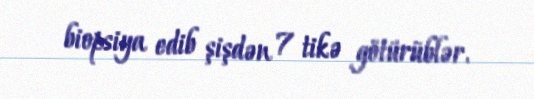
biopsiya edib şişdən 7 tikə götürüblər.